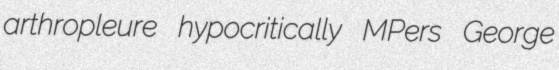
arthropleure hypocritically MPers George